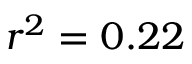
r ^ { 2 } = 0 . 2 2